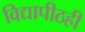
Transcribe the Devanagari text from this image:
विद्यापीठही